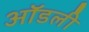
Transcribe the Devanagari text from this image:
ऑडली